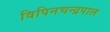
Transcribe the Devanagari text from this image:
विपिनचन्द्रपाल